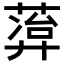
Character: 𬝭